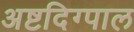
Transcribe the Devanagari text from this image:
अष्टदिग्पाल